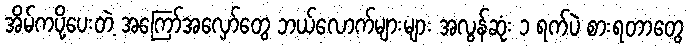
အိမ်ကပို့ပေးတဲ့ အကြော်အလှော်တွေ ဘယ်လောက်များများ အလွန်ဆုံး ၁ ရက်ပဲ စားရတာတွေ